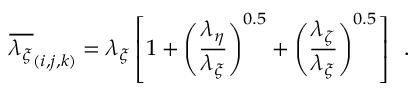
\overline { { \lambda _ { \xi } } } _ { ( i , j , k ) } = \lambda _ { \xi } \left[ 1 + \left( \frac { \lambda _ { \eta } } { \lambda _ { \xi } } \right) ^ { 0 . 5 } + \left( \frac { \lambda _ { \zeta } } { \lambda _ { \xi } } \right) ^ { 0 . 5 } \right] \, \mathrm { ~ . ~ }